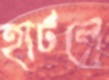
হার্টলে